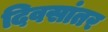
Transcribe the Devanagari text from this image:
दिवसांतर